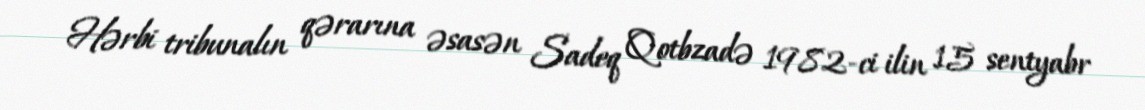
Hərbi tribunalın qərarına əsasən Sadeq Qotbzadə 1982-ci ilin 15 sentyabr